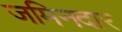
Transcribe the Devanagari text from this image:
जमिनदार